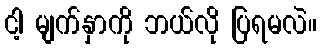
ငါ့ မျက်နှာကို ဘယ်လို ပြရမလဲ။